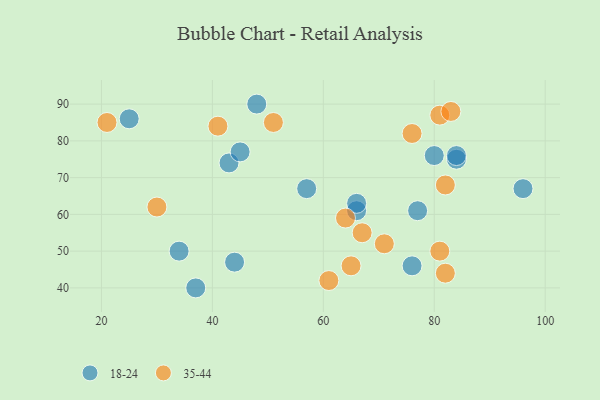
{"axis": {"x": "GDP", "y": "Life Expectancy"}, "legend": ["18-24", "35-44"], "data": [{"x": "76", "y": 46, "type": "18-24"}, {"x": "43", "y": 74, "type": "18-24"}, {"x": "77", "y": 61, "type": "18-24"}, {"x": "25", "y": 86, "type": "18-24"}, {"x": "48", "y": 90, "type": "18-24"}, {"x": "45", "y": 77, "type": "18-24"}, {"x": "34", "y": 50, "type": "18-24"}, {"x": "80", "y": 76, "type": "18-24"}, {"x": "84", "y": 75, "type": "18-24"}, {"x": "44", "y": 47, "type": "18-24"}, {"x": "66", "y": 61, "type": "18-24"}, {"x": "37", "y": 40, "type": "18-24"}, {"x": "96", "y": 67, "type": "18-24"}, {"x": "84", "y": 76, "type": "18-24"}, {"x": "57", "y": 67, "type": "18-24"}, {"x": "66", "y": 63, "type": "18-24"}, {"x": "81", "y": 87, "type": "35-44"}, {"x": "76", "y": 82, "type": "35-44"}, {"x": "21", "y": 85, "type": "35-44"}, {"x": "71", "y": 52, "type": "35-44"}, {"x": "82", "y": 44, "type": "35-44"}, {"x": "82", "y": 68, "type": "35-44"}, {"x": "81", "y": 50, "type": "35-44"}, {"x": "83", "y": 88, "type": "35-44"}, {"x": "61", "y": 42, "type": "35-44"}, {"x": "30", "y": 62, "type": "35-44"}, {"x": "67", "y": 55, "type": "35-44"}, {"x": "64", "y": 59, "type": "35-44"}, {"x": "41", "y": 84, "type": "35-44"}, {"x": "65", "y": 46, "type": "35-44"}, {"x": "51", "y": 85, "type": "35-44"}]}